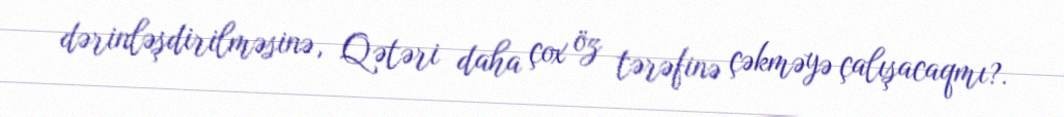
dərinləşdirilməsinə, Qətəri daha çox öz tərəfinə çəkməyə çalışacaqmı?.